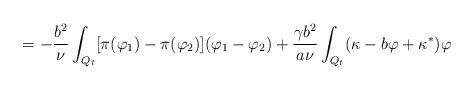
LaTeX: \begin{align*} = - \frac{b^2}{\nu} \int_{Q_t} [\pi(\varphi_1) - \pi(\varphi_2)](\varphi_1 - \varphi_2)+ \frac{\gamma b^2}{a\nu} \int_{Q_t} (\kappa - b \varphi + \kappa^*) \varphi\end{align*}